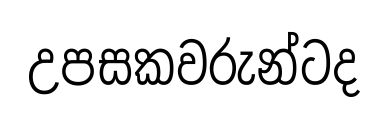
උපසකවරුන්ටද